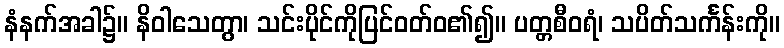
နံနက်အခါ၌။ နိဝါသေတွာ၊ သင်းပိုင်ကိုပြင်ဝတ်ဝ၏၍။ ပတ္တစီဝရံ၊ သပိတ်သင်္ကန်းကို။